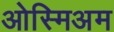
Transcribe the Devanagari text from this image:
ओस्मिअम